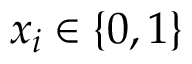
x _ { i } \in \left\{ 0 , 1 \right\}